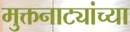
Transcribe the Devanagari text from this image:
मुक्तनाट्यांच्या